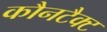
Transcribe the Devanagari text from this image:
कौनटैक्ट